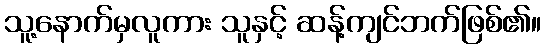
သူ့နောက်မှလူကား သူနှင့် ဆန့်ကျင်ဘက်ဖြစ်၏။